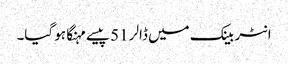
انٹر بینک میں ڈالر 51 پیسے مہنگا ہو گیا۔